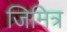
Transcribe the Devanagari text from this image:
जिमित्र